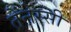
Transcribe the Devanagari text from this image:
तेंनेस्सी